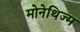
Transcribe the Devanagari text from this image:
मोनेथिज्म